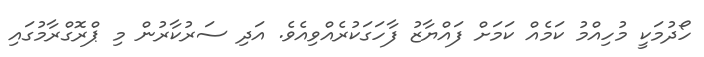
ހޯދުމަކީ މުހިއްމު ކަމެއް ކަމަށް ފައްޔާޒު ފާހަގަކުރެއްވިއެވެ. އަދި ސަރުކާރުން މި ޕްރޮގްރާމުގައި